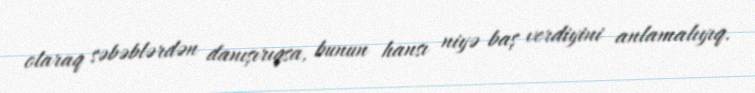
olaraq səbəblərdən danışırıqsa, bunun hansı niyə baş verdiyini anlamalıyıq.